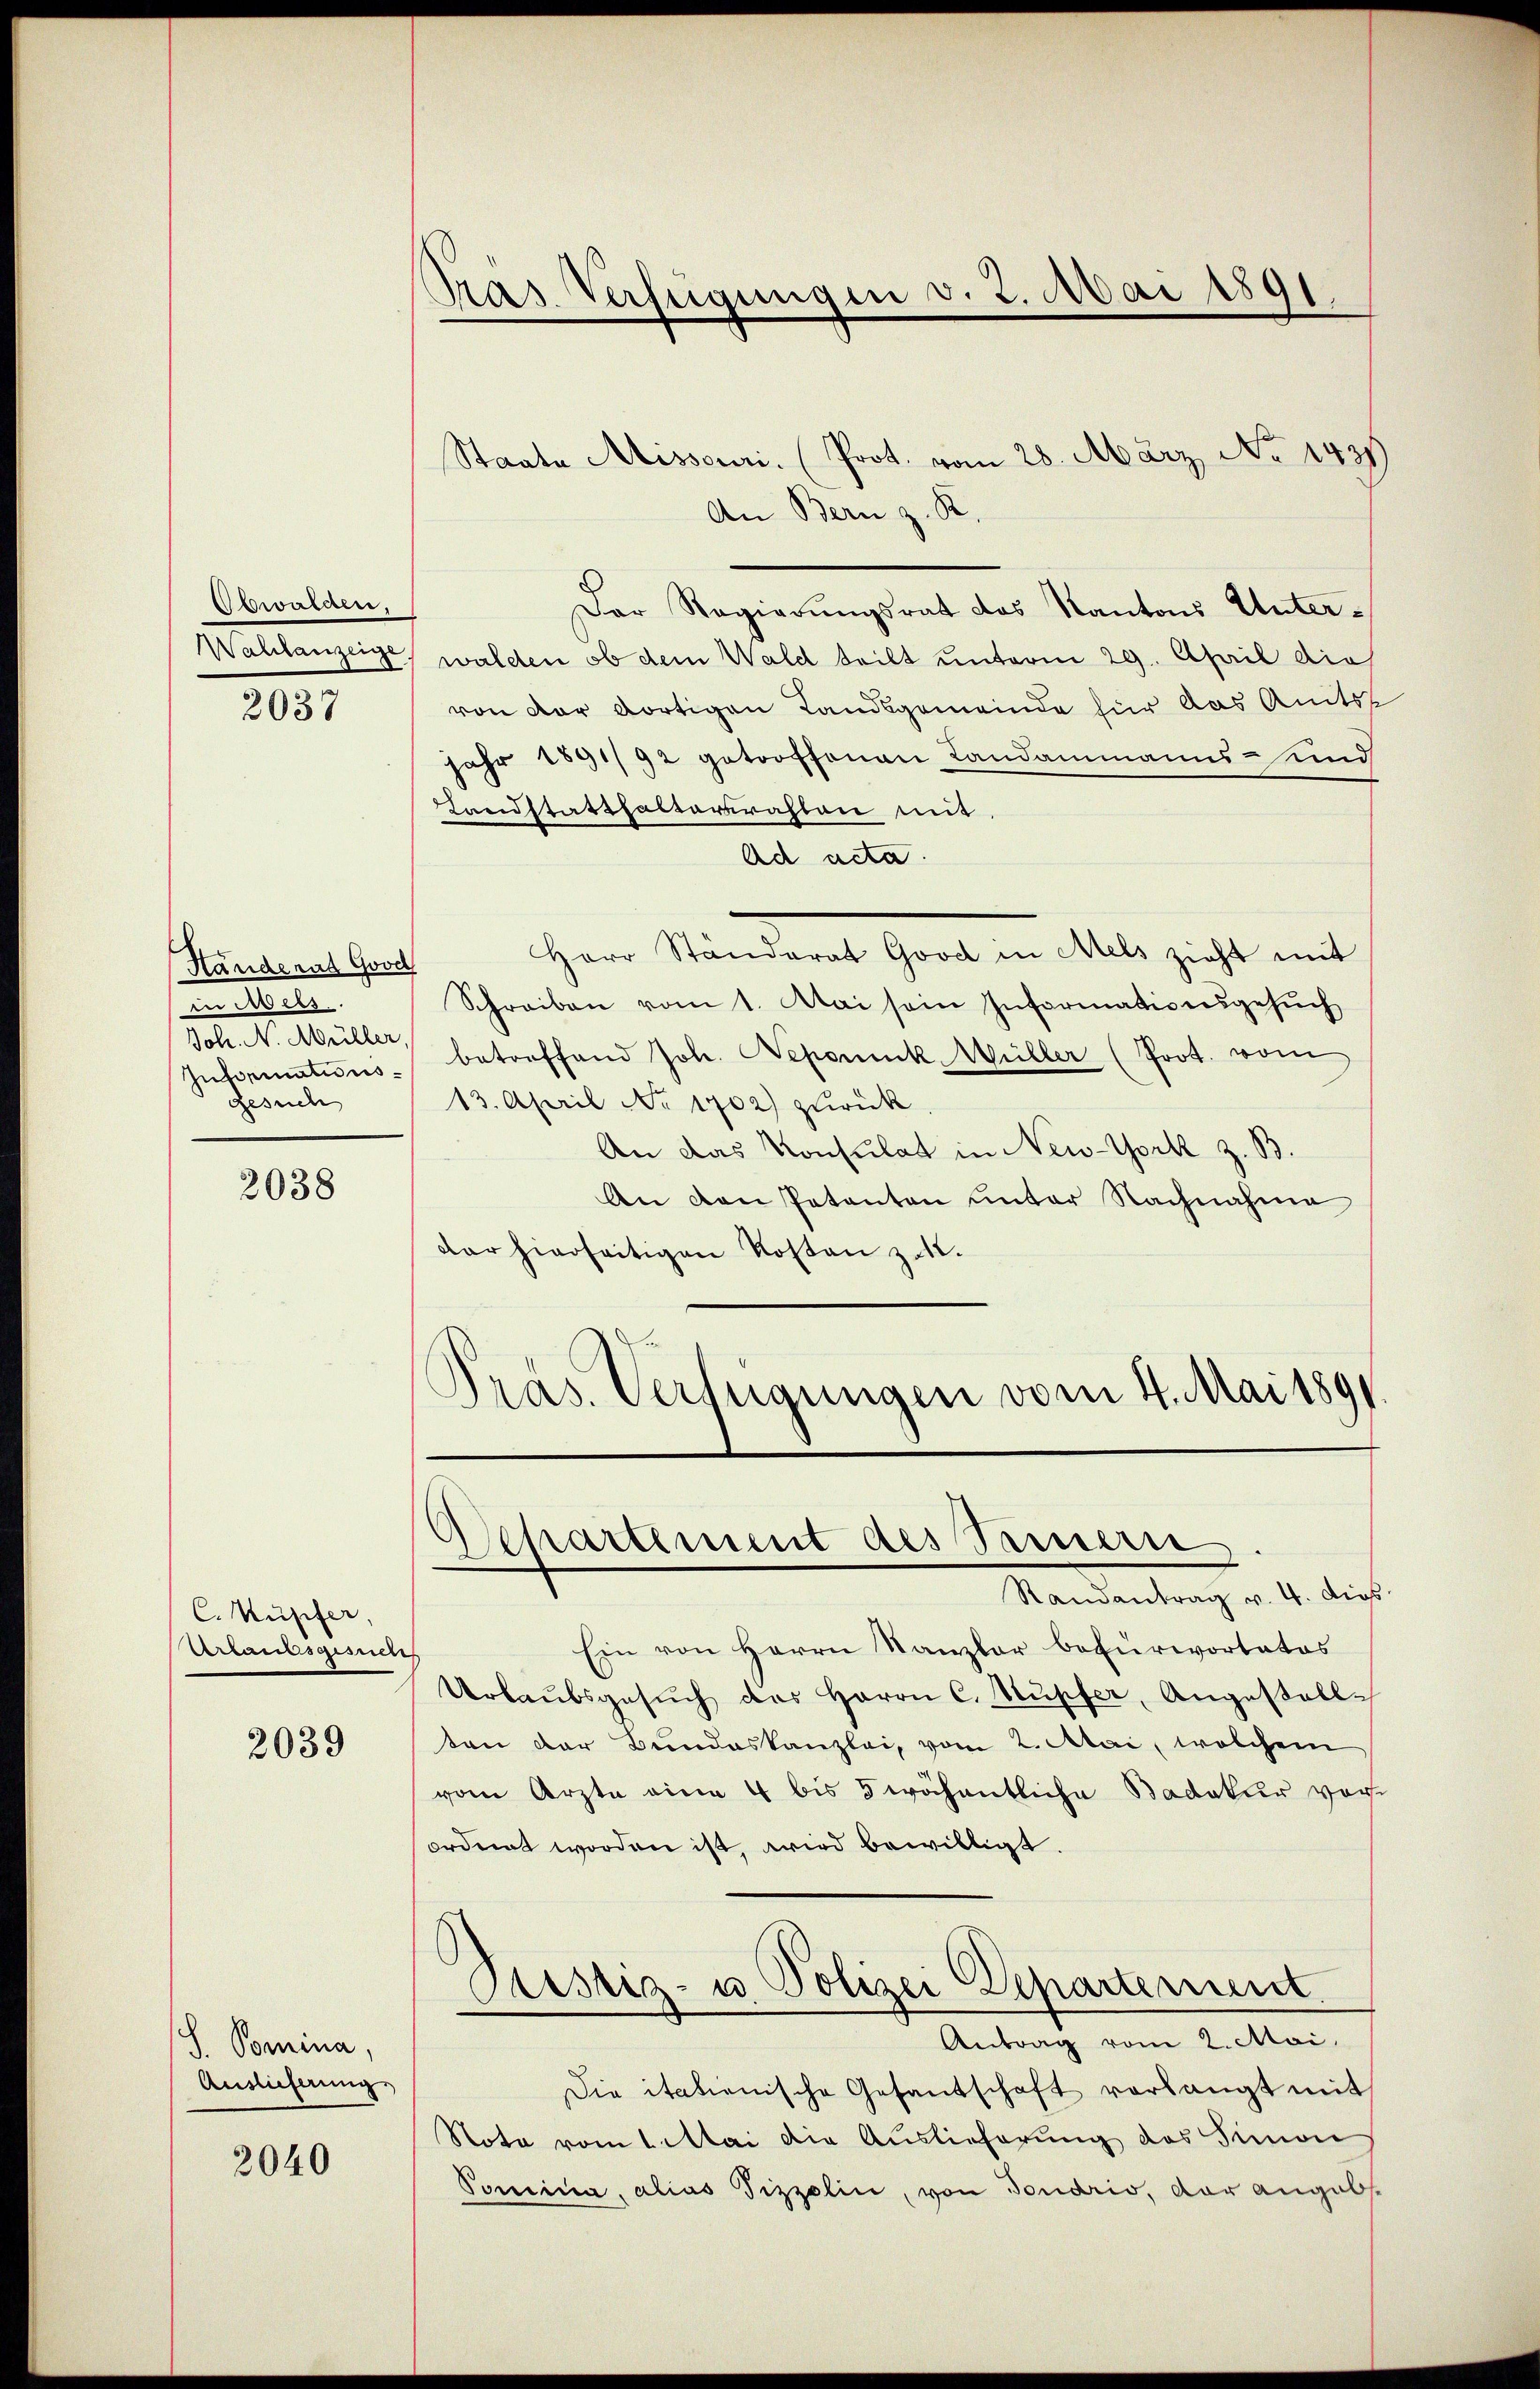
Obwalden,
Wahlanzeige.
2037

Händernd Good
in Abels.
Joh. N. Müller
Intoriationsgesuch

2038

C. Küsifer,
Artandsgesuch

2039

S. Tomina,
Auslieferung

2040

das Verfügungen v. 2. Mai 1891

Staate Missouri. (Prot. vom 28. März, No 1431)
An Bern z. R.
Der Regierungsrat des Kantons Unterwalden, ob dem Waldt teilt unterm 29. April die
von der dortigen Landsgemeinde für das Amtss
jahr 1891/92 getroffenen Landammanns- und
Landstatthalterrahten mit
Ad acta.
Herr Ständerat Good in Mels zieht mit
Schreiben vom 1. Mai sein Informationsgesŭch
betreffend Joh. Nepomuck, Wüller (Prot. vom
13. April No 1702) zurück
An das Konsulat in New-York z. B.
An den Petenten unter Nachnahme
dar hierseitigen Kosten z.
Pras. Verfügungen vom 4. Mai 189

Departement des Semmern
Randantrag v. 4. dies

Ein von Herrn Kanzler befürwortatos
Urlaŭbsgesŭch das Herrn C. Kupfer, Angestall-
ten der Bundeskanzlei, vom 2. Mai, welchem
vom Arzte eine 4 bis 5 wöchentliche Badakur vorordnet worden ist, wird bewilligt.
Pustiz- u Polizei Departement
Antrag vom 2. Mai,
Die itationische Gesantschaft verlangt mit
Nota vom 1. Mai die Auslieferung des Simon
Pomina, alias Tizzelin, von Tonario, der angabs-